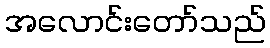
အလောင်းတော်သည်